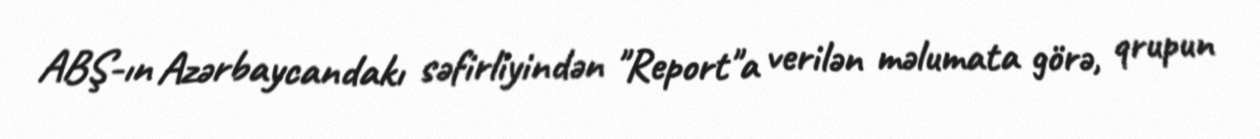
ABŞ-ın Azərbaycandakı səfirliyindən "Report"a verilən məlumata görə, qrupun